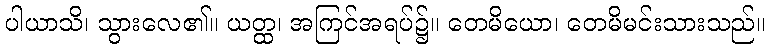
ပါယာသိ၊ သွားလေ၏။ ယတ္ထ၊ အကြင်အရပ်၌။ တေမိယော၊ တေမိမင်းသားသည်။